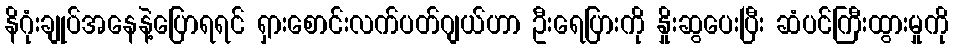
နိဂုံးချုပ်အနေနဲ့ပြောရရင် ရှားစောင်းလက်ပတ်ဂျယ်ဟာ ဦးရေပြားကို နှိုးဆွပေးပြီး ဆံပင်ကြီးထွားမှုကို